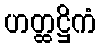
ဟတ္ထဋ္ဌိကံ